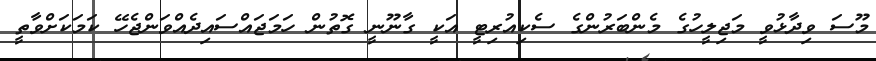
މޫސަ ވިދާޅުވީ މަޖިލީހުގެ މެންބަރުންގެ ސެކިއުރިޓީ އަކީ ގާނޫނީ ގޮތުން ހަމަޖައްސައިދެއްވަންޖެހޭ ކަމަކަށްވާތީ